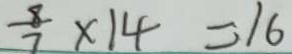
\frac { 8 } { 7 } \times 1 4 = 1 6